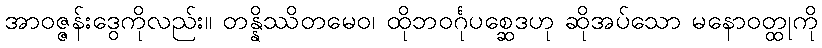
အာဝဇ္ဇန်းဒွေကိုလည်း။ တန္နိဿိတမေဝ၊ ထိုဘဝင်္ဂုပစ္ဆေဒဟု ဆိုအပ်သော မနောဝတ္ထုကို